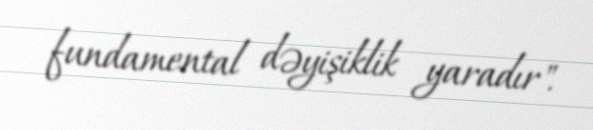
fundamental dəyişiklik yaradır".